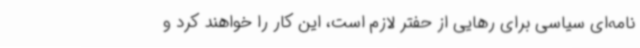
نامه‌ای سیاسی برای رهایی از حفتر لازم است، این کار را خواهند کرد و